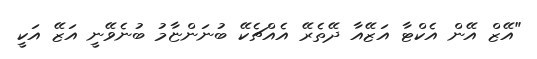
"އޭޒް އޭން އެކްޓާ އަޒޭއާ ދޭތެރޭ އެއްޗެކޭ ބުނަންޏާމު ބުނެވޭނީ އަޒޭ އަކީ